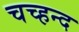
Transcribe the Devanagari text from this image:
चच्हन्द